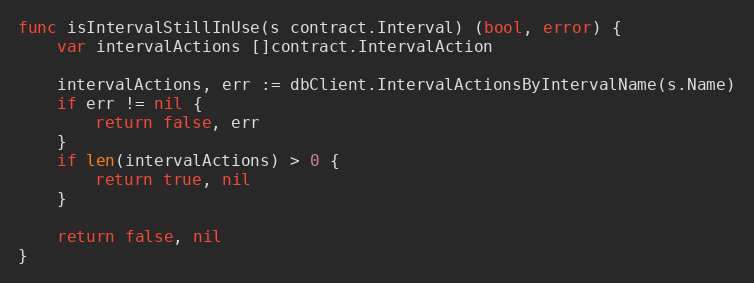
Language: Go
func isIntervalStillInUse(s contract.Interval) (bool, error) {
	var intervalActions []contract.IntervalAction

	intervalActions, err := dbClient.IntervalActionsByIntervalName(s.Name)
	if err != nil {
		return false, err
	}
	if len(intervalActions) > 0 {
		return true, nil
	}

	return false, nil
}